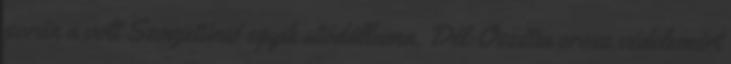
során a volt Szovjetúnió egyik utódállama, Dél-Oszétia orosz védelemért